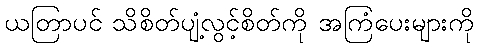
ယတြာပင် သိစိတ်ပျံ့လွင့်စိတ်ကို အကြံပေးများကို